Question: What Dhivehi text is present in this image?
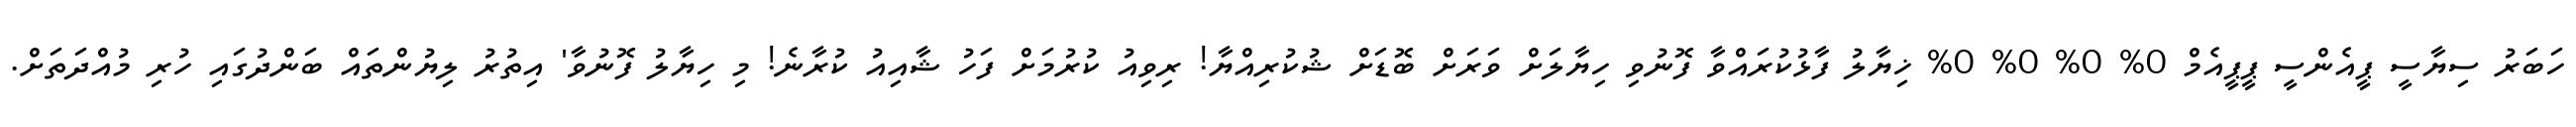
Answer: ހަބަރު ސިޔާސީ ޕީއެންސީ ޕީޕީއެމް 0% 0% 0% 0% ޚިޔާލު ފާޅުކުރައްވާ ފޮނުވި ހިޔާލަށް ވަރަށް ބޮޑަށް ޝުކުރިއްޔާ! ރިވިއު ކުރުމަށް ފަހު ޝާއިއު ކުރާނެ! މި ހިޔާލު ފޮނުވާ' އިތުރު ލިޔުންތައް ބަންދުގައި ހުރި މުއްދަތަށް.